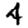
Digit: 4